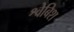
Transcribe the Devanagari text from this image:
श्वेबिश